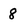
Character: 8